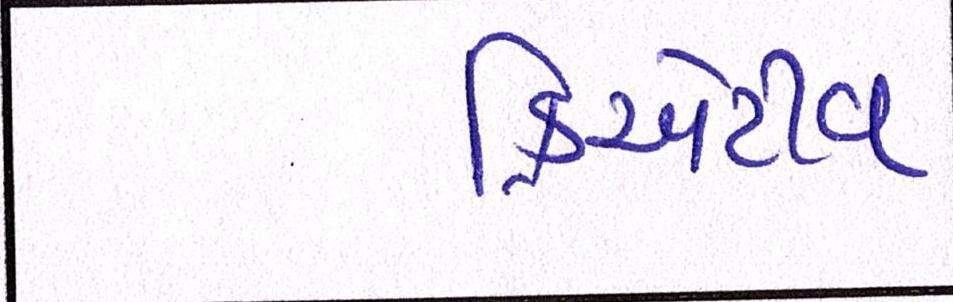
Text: ક્રિએટીવ